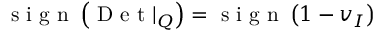
\mathrm { ~ s ~ i ~ g ~ n ~ } \left( \mathrm { ~ D ~ e ~ t ~ } | _ { Q } \right) = \mathrm { ~ s ~ i ~ g ~ n ~ } \left( 1 - v _ { I } \right)